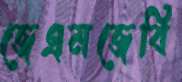
জেএমজেবি